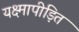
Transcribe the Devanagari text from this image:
यक्ष्मापीड़ित